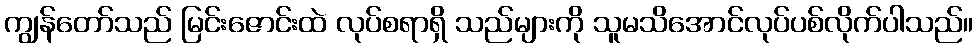
ကျွန်တော်သည် မြင်းဇောင်းထဲ လုပ်စရာရှိ သည်များကို သူမသိအောင်လုပ်ပစ်လိုက်ပါသည်။